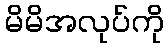
မိမိအလုပ်ကို